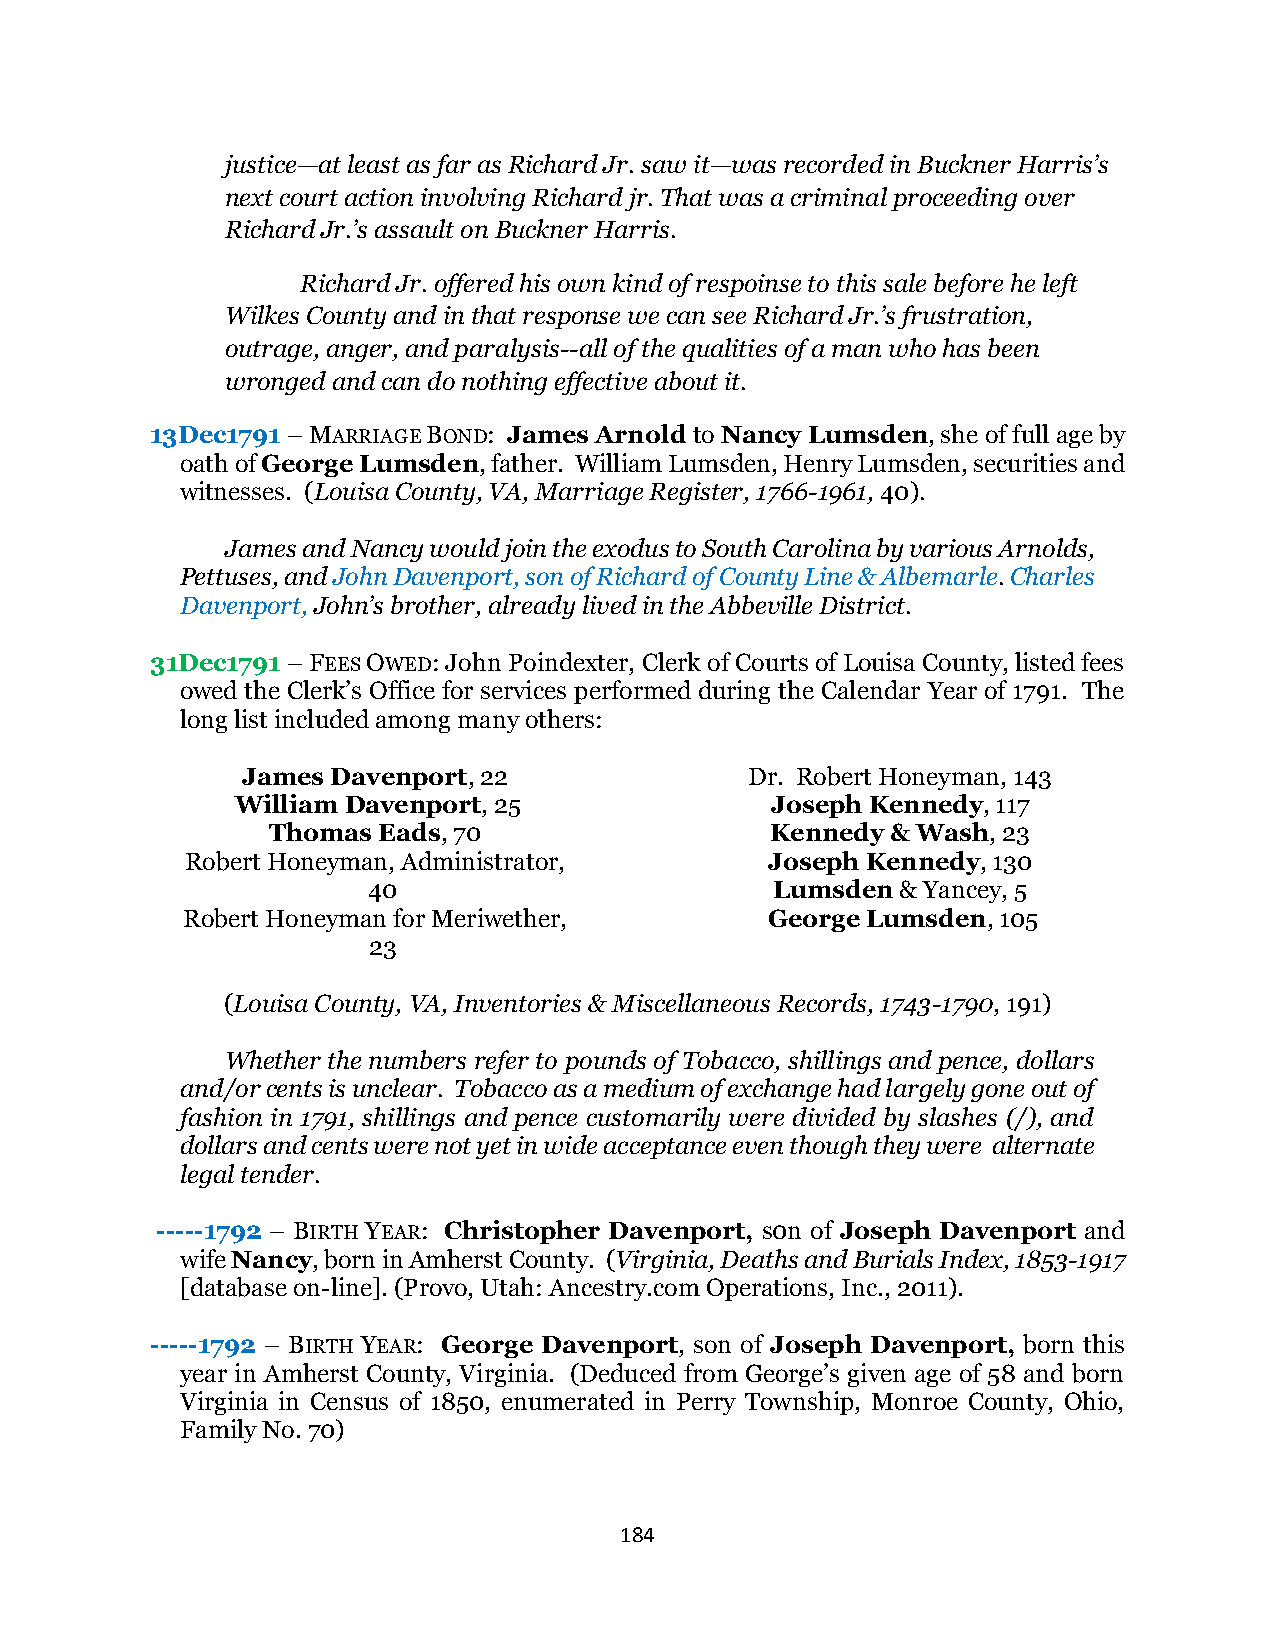
justice—at least as far as Richard Jr. saw it—was recorded in Buckner Harris’s
 next court action involving Richard jr. That was a criminal proceeding over
 Richard Jr.’s assault on Buckner Harris.
 Richard Jr. offered his own kind of respoinse to this sale before he left
 Wilkes County and in that response we can see Richard Jr.’s frustration,
 outrage, anger, and paralysis--all of the qualities of a man who has been
 wronged and can do nothing effective about it.
 13Dec1791 – MARRIAGE BOND: James Arnold to Nancy Lumsden, she of full age by
 oath of George Lumsden, father. William Lumsden, Henry Lumsden, securities and
 witnesses. (Louisa County, VA, Marriage Register, 1766-1961, 40).
 James and Nancy would join the exodus to South Carolina by various Arnolds,
 Pettuses, and John Davenport, son of Richard of County Line & Albemarle. Charles
 Davenport, John’s brother, already lived in the Abbeville District.
 31Dec1791 – FEES OWED: John Poindexter, Clerk of Courts of Louisa County, listed fees
 owed the Clerk’s Office for services performed during the Calendar Year of 1791. The
 long list included among many others:
 James Davenport, 22               Dr. Robert Honeyman, 143
 William Davenport, 25              Joseph Kennedy, 117
 Thomas Eads, 70                  Kennedy & Wash, 23
 Robert Honeyman, Administrator,        Joseph Kennedy, 130
 40                         Lumsden  & Yancey, 5
 Robert Honeyman for Meriwether,        George Lumsden, 105
 23
 (Louisa County, VA, Inventories & Miscellaneous Records, 1743-1790, 191)
 Whether the numbers refer to pounds of Tobacco, shillings and pence, dollars
 and/or cents is unclear. Tobacco as a medium of exchange had largely gone out of
 fashion in 1791, shillings and pence customarily were divided by slashes (/), and
 dollars and cents were not yet in wide acceptance even though they were alternate
 legal tender.
 -----1792 – BIRTH YEAR: Christopher Davenport, s0n of Joseph Davenport and
 wife Nancy, born in Amherst County. (Virginia, Deaths and Burials Index, 1853-1917
 [database on-line]. (Provo, Utah: Ancestry.com Operations, Inc., 2011).
 -----1792 – BIRTH YEAR: George Davenport, son of Joseph Davenport, born this
 year in Amherst County, Virginia. (Deduced from George’s given age of 58 and born
 Virginia in Census of 1850, enumerated in Perry Township, Monroe County, Ohio,
 Family No. 70)
 184